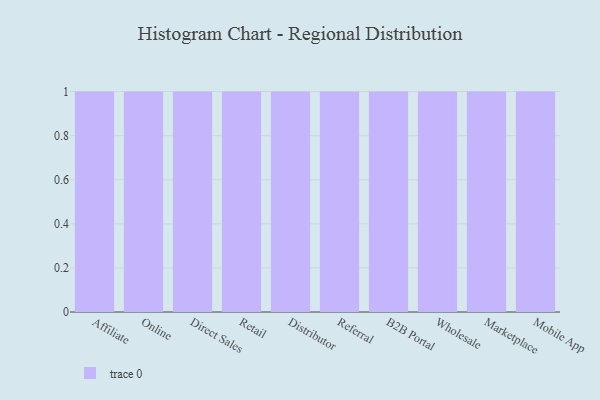
{"axis": {"x": "Channel", "y": "Satisfaction Score"}, "legend": [""], "data": [{"x": "Affiliate", "y": 58, "type": ""}, {"x": "Online", "y": 54, "type": ""}, {"x": "Direct Sales", "y": 4, "type": ""}, {"x": "Retail", "y": 45, "type": ""}, {"x": "Distributor", "y": 88, "type": ""}, {"x": "Referral", "y": 85, "type": ""}, {"x": "B2B Portal", "y": 92, "type": ""}, {"x": "Wholesale", "y": 42, "type": ""}, {"x": "Marketplace", "y": 27, "type": ""}, {"x": "Mobile App", "y": 64, "type": ""}]}